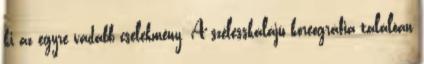
ki az egyre vadabb cselekmény. A szélesskálájú koreográfia találóan